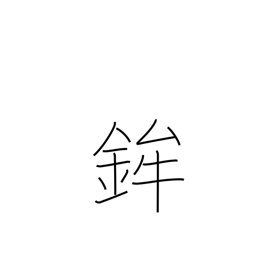
Meaning: festival float